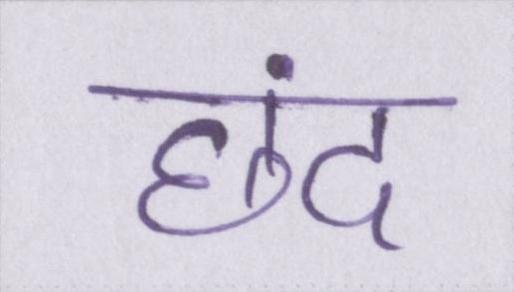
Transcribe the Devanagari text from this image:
छंद